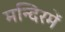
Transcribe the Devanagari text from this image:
मन्दिरमें